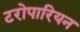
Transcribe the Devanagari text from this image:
टरोपारियन